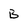
Character: B